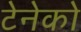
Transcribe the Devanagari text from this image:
टेनेको